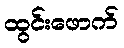
ထွင်းဖောက်